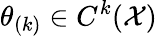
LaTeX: \theta_{(k)}\in C^{k}(\mathcal{X})